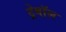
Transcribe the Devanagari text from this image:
ट्रेबॉल